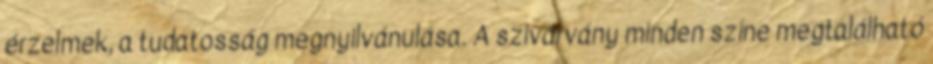
érzelmek, a tudatosság megnyilvánulása. A szivárvány minden színe megtalálható